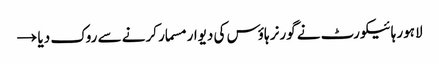
لاہور ہائیکورٹ نے گورنر ہاؤس کی دیوار مسمار کرنے سے روک دیا →